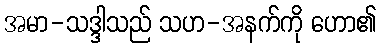
အမာ-သဒ္ဒါသည် သဟ-အနက်ကို ဟော၏